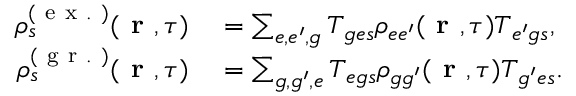
\begin{array} { r l } { \rho _ { s } ^ { ( \mathrm { ~ e ~ x ~ . ~ } ) } ( \textbf { r } , \tau ) } & { { } = \sum _ { e , e ^ { \prime } , g } T _ { { g e } s } \rho _ { { e e ^ { \prime } } } ( \textbf { r } , \tau ) T _ { { e ^ { \prime } g } s } , } \\ { \rho _ { s } ^ { ( \mathrm { ~ g ~ r ~ . ~ } ) } ( \textbf { r } , \tau ) } & { { } = \sum _ { g , g ^ { \prime } , e } T _ { { e g } s } \rho _ { { g g ^ { \prime } } } ( \textbf { r } , \tau ) T _ { { g ^ { \prime } e } s } . } \end{array}